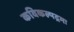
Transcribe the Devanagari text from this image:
कविकल्पद्रमः